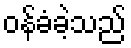
ဝန်ခံခဲ့သည်